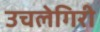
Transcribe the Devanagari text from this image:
उचलेगिरी